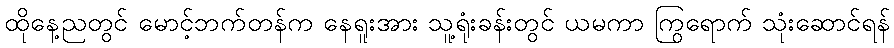
ထိုနေ့ညတွင် မောင့်ဘက်တန်က နေရူးအား သူ့ရုံးခန်းတွင် ယမကာ ကြွရောက် သုံးဆောင်ရန်